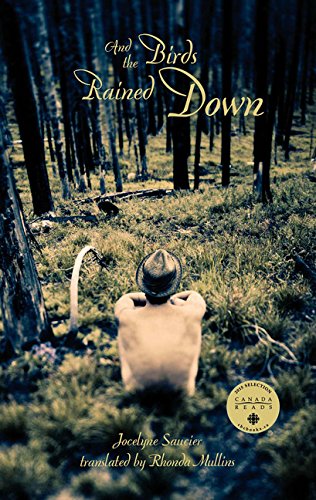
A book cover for And the Birds Rained Down; Jocelyne Saucier; Literature & Fiction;